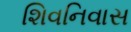
શિવનિવાસ